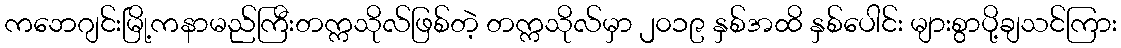
ကဘေဂျင်းမြို့ကနာမည်ကြီးတက္ကသိုလ်ဖြစ်တဲ့ တက္ကသိုလ်မှာ ၂၀၁၉ နှစ်အထိ နှစ်ပေါင်း များစွာပို့ချသင်ကြား